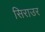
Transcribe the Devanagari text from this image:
सिराउर